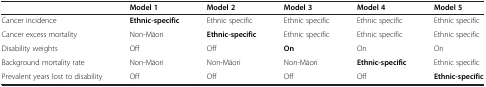
<table><thead><tr><td><b> </b></td><td><b>Model 1</b></td><td><b>Model 2</b></td><td><b>Model 3</b></td><td><b>Model 4</b></td><td><b>Model 5</b></td></tr></thead><tbody><tr><td>Cancer incidence</td><td><b>Ethnic-specific</b></td><td>Ethnic specific</td><td>Ethnic specific</td><td>Ethnic specific</td><td>Ethnic specific</td></tr><tr><td>Cancer excess mortality</td><td>Non-Māori</td><td><b>Ethnic-specific</b></td><td>Ethnic specific</td><td>Ethnic specific</td><td>Ethnic specific</td></tr><tr><td>Disability weights</td><td>Off</td><td>Off</td><td><b>On</b></td><td>On</td><td>On</td></tr><tr><td>Background mortality rate</td><td>Non-Māori</td><td>Non-Māori</td><td>Non-Māori</td><td><b>Ethnic-specific</b></td><td>Ethnic specific</td></tr><tr><td>Prevalent years lost to disability</td><td>Off</td><td>Off</td><td>Off</td><td>Off</td><td><b>Ethnic-specific</b></td></tr></tbody></table>